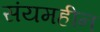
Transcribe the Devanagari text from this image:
संयमहीन